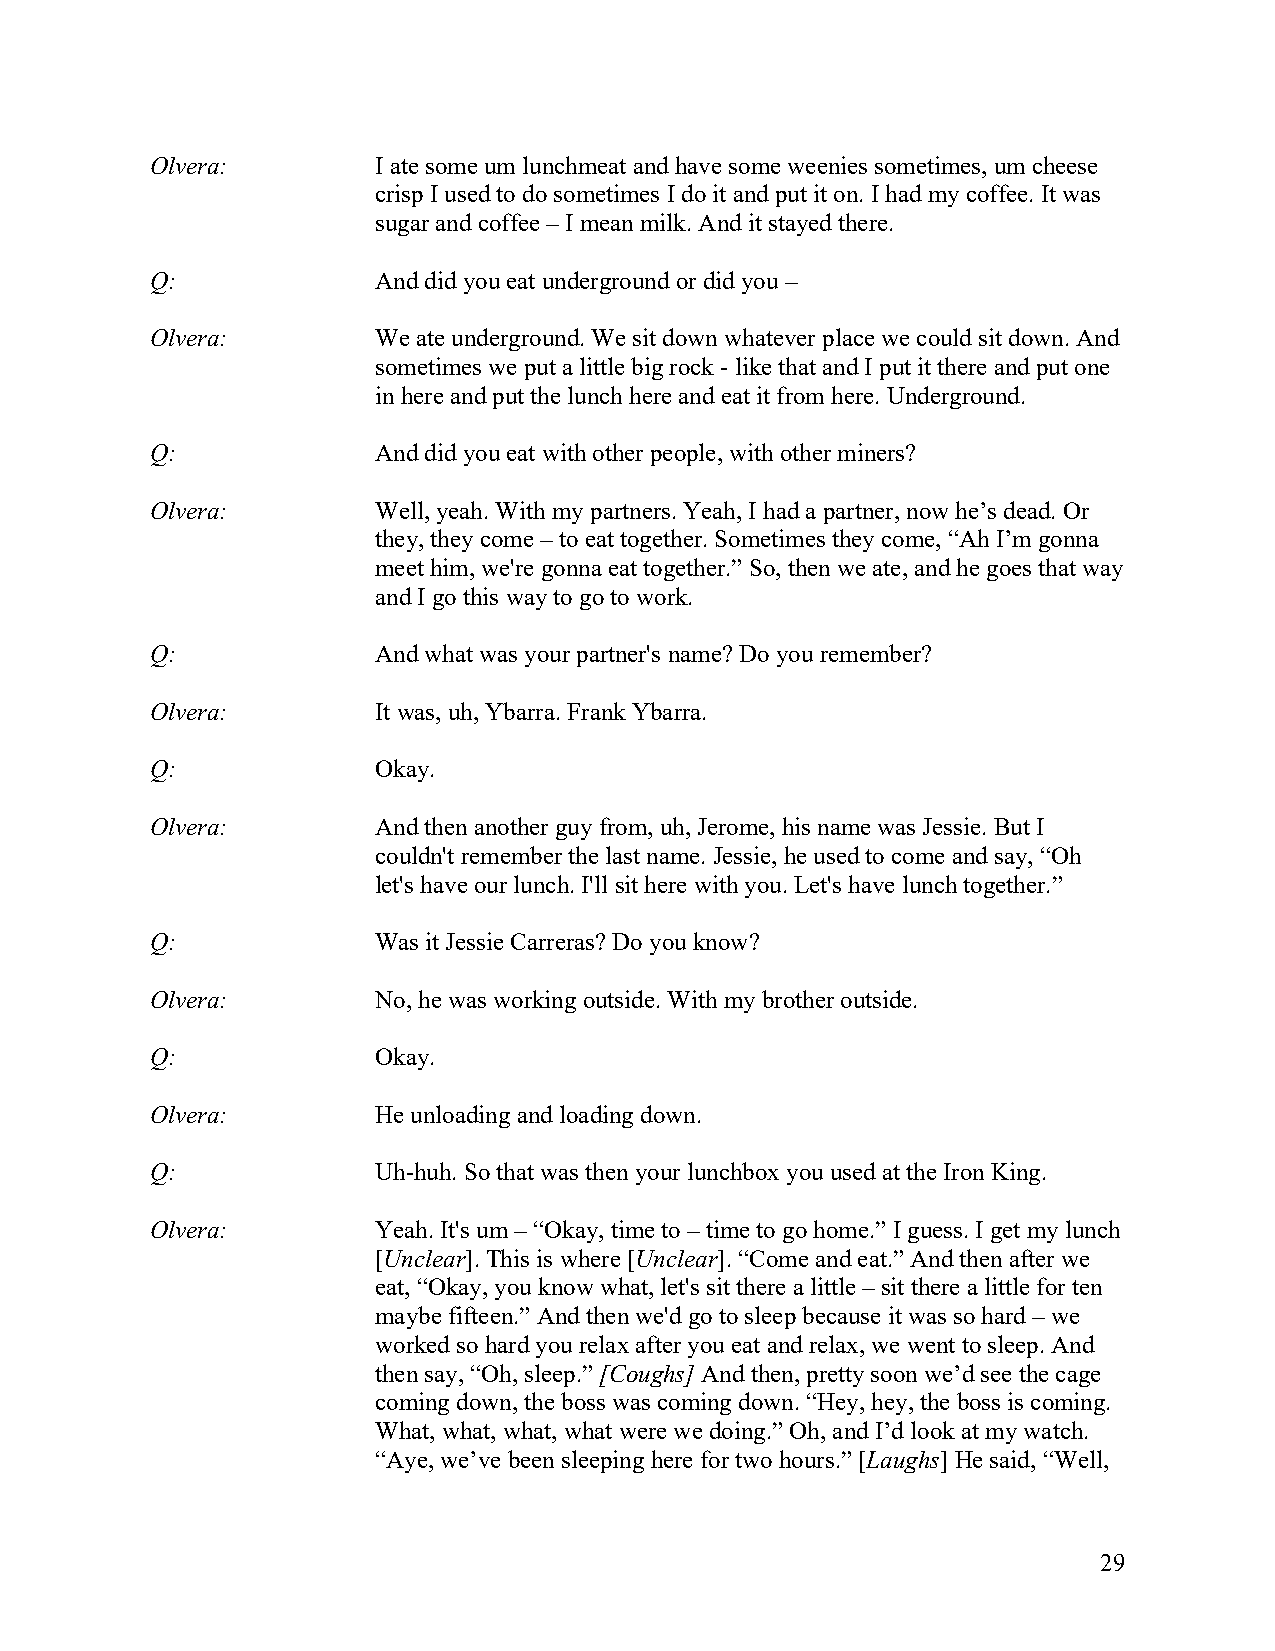
Olvera:        I ate some um lunchmeat and have some weenies sometimes, um cheese
 crisp I used to do sometimes I do it and put it on. I had my coffee. It was
 sugar and coffee – I mean milk. And it stayed there.
 Q:             And did you eat underground or did you –
 Olvera:        We ate underground. We sit down whatever place we could sit down. And
 sometimes we put a little big rock - like that and I put it there and put one
 in here and put the lunch here and eat it from here. Underground.
 Q:             And did you eat with other people, with other miners?
 Olvera:        Well, yeah. With my partners. Yeah, I had a partner, now he’s dead. Or
 they, they come – to eat together. Sometimes they come, “Ah I’m gonna
 meet him, we're gonna eat together.” So, then we ate, and he goes that way
 and I go this way to go to work.
 Q:             And what was your partner's name? Do you remember?
 Olvera:        It was, uh, Ybarra. Frank Ybarra.
 Q:             Okay.
 Olvera:        And then another guy from, uh, Jerome, his name was Jessie. But I
 couldn't remember the last name. Jessie, he used to come and say, “Oh
 let's have our lunch. I'll sit here with you. Let's have lunch together.”
 Q:             Was it Jessie Carreras? Do you know?
 Olvera:        No, he was working outside. With my brother outside.
 Q:             Okay.
 Olvera:        He unloading and loading down.
 Q:             Uh-huh. So that was then your lunchbox you used at the Iron King.
 Olvera:        Yeah. It's um – “Okay, time to – time to go home.” I guess. I get my lunch
 [Unclear]. This is where [Unclear]. “Come and eat.” And then after we
 eat, “Okay, you know what, let's sit there a little – sit there a little for ten
 maybe fifteen.” And then we'd go to sleep because it was so hard – we
 worked so hard you relax after you eat and relax, we went to sleep. And
 then say, “Oh, sleep.” [Coughs] And then, pretty soon we’d see the cage
 coming down, the boss was coming down. “Hey, hey, the boss is coming.
 What, what, what, what were we doing.” Oh, and I’d look at my watch.
 “Aye, we’ve been sleeping here for two hours.” [Laughs] He said, “Well,
 29